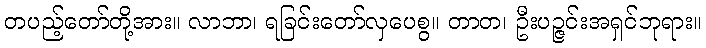
တပည့်တော်တို့အား။ လာဘာ၊ ရခြင်းတော်လှပေစွ။ တာတ၊ ဦးပဉ္ဇင်းအရှင်ဘုရား။